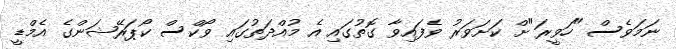
ނަމަވެސް "ހަވީރަ"ށް ކަށަވަރު ވެފައިވާ ގޮތުގައި އެ މުއްދަތުގައި ވޯކްސް ކޯޕަރޭޝަންގެ އެމްޑީ